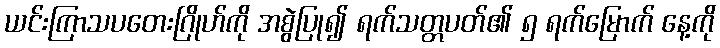
ယင်းကြာသပတေးဂြိုဟ်ကို အစွဲပြု၍ ရက်သတ္တပတ်၏ ၅ ရက်မြောက် နေ့ကို